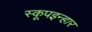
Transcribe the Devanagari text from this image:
स्कूपइन्हार